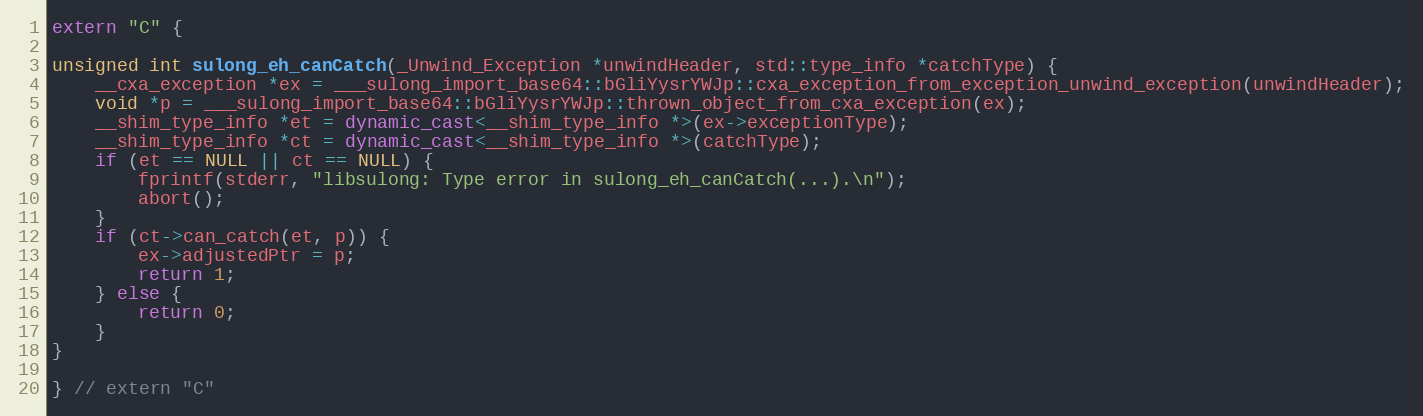
Language: C++
extern "C" {

unsigned int sulong_eh_canCatch(_Unwind_Exception *unwindHeader, std::type_info *catchType) {
    __cxa_exception *ex = ___sulong_import_base64::bGliYysrYWJp::cxa_exception_from_exception_unwind_exception(unwindHeader);
    void *p = ___sulong_import_base64::bGliYysrYWJp::thrown_object_from_cxa_exception(ex);
    __shim_type_info *et = dynamic_cast<__shim_type_info *>(ex->exceptionType);
    __shim_type_info *ct = dynamic_cast<__shim_type_info *>(catchType);
    if (et == NULL || ct == NULL) {
        fprintf(stderr, "libsulong: Type error in sulong_eh_canCatch(...).\n");
        abort();
    }
    if (ct->can_catch(et, p)) {
        ex->adjustedPtr = p;
        return 1;
    } else {
        return 0;
    }
}

} // extern "C"